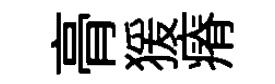
𮌔猨瘠